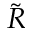
\tilde { R }